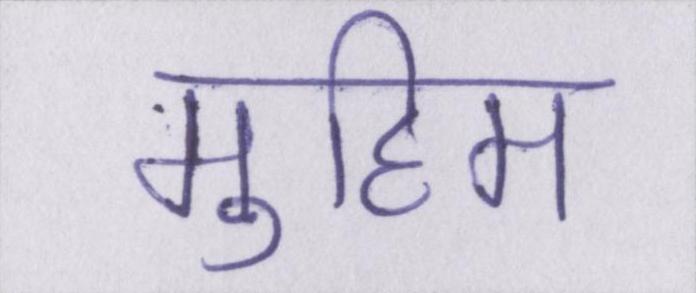
मुहिम